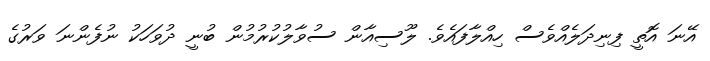
އޭނަ އޮތީ ފިނިދަލެއްވެސް ހިއްލާފައެވެ. ލޫސިއާން ސުވާލުކުރުމުން ބުނީ ދުވަހަކު ނުފެންނަ ވަރުގެ